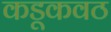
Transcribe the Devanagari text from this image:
कडूकवठ